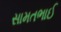
સામતભાઈ